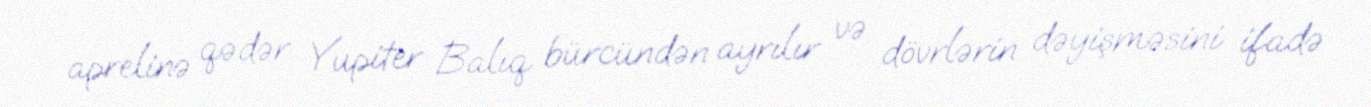
aprelinə qədər Yupiter Balıq bürcündən ayrılır və dövrlərin dəyişməsini ifadə